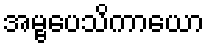
အမ္ဗပေသိကာယော